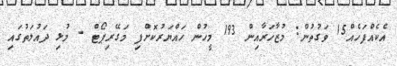
އެކެއްފަހެއް15 ވަގުތުން: މުޒާހަރާއިން 193 މީހުން ހައްޔަރުކޮށްފި މަގޭރިޕޯޓް - މުޅި ދައުލަތުގައި